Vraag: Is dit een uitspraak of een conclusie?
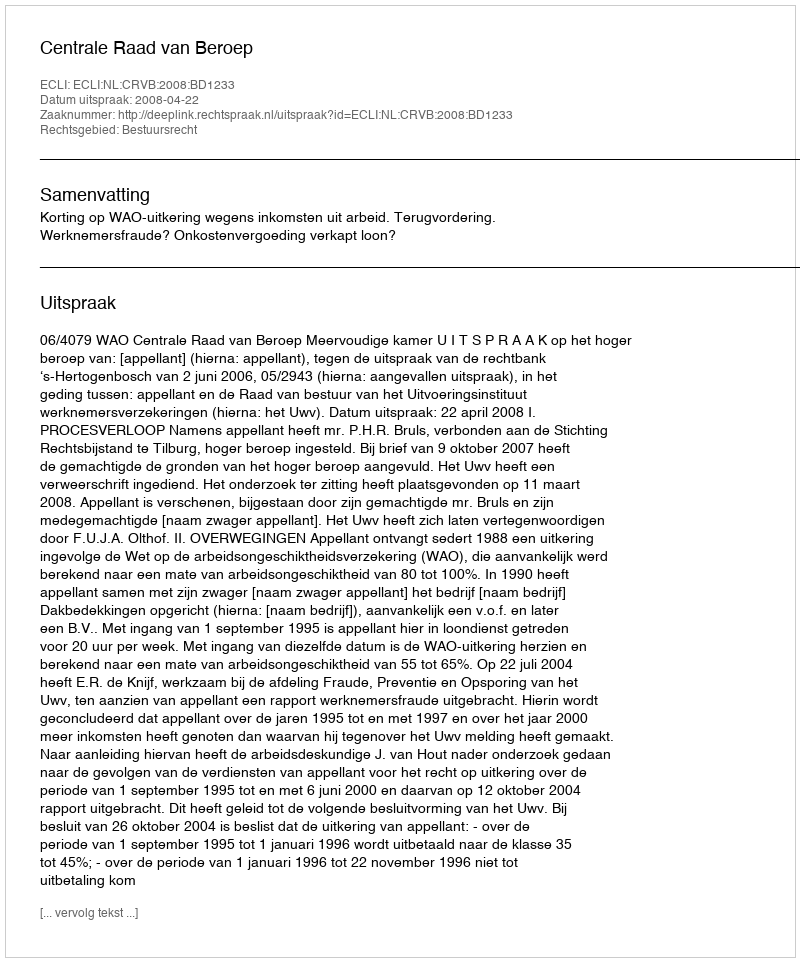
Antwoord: Uitspraak